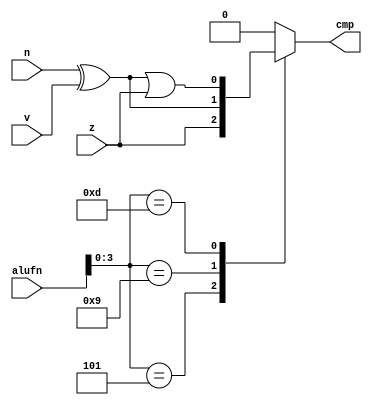
/*
   This file was generated automatically by Alchitry Labs version 1.2.1.
   Do not edit this file directly. Instead edit the original Lucid source.
   This is a temporary file and any changes made to it will be destroyed.
*/

module comparator_23 (
    input z,
    input v,
    input n,
    input [5:0] alufn,
    output reg cmp
  );
  
  
  
  reg i;
  reg j;
  
  always @* begin
    i = n ^ v;
    j = i | z;
    cmp = 1'h0;
    
    case (alufn[0+3-:4])
      4'h5: begin
        cmp = z;
      end
      4'h9: begin
        cmp = i;
      end
      4'hd: begin
        cmp = j;
      end
    endcase
  end
endmodule